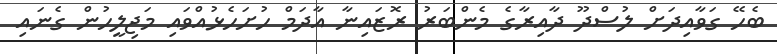
ބެހޭ ގަވާއިދަށް ލުސްދޫ ދާއިރާގެ މެންބަރު ރޮޒައިނާ އާދަމް ހުށަހެޅުއްވައި މަޖިލީހުން ގެނައި